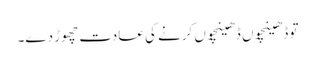
تو ڈھینچوں ڈھینچوں کرنے کی عادت چھوڑ دے۔